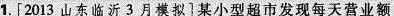
1.[2013山东临沂3月模拟]某小型超市发现每天营业额